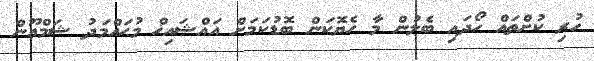
ހުރި ކުށްތައް ހޯދައި ބެލުން މާ ހެޔޮކަން ބޮޑުކަމަށް އައްޝައިޚް މުޙައްމަދު ޝަމްޢޫން